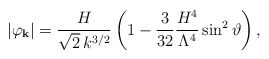
\begin{align*}\vert \varphi_{\bf k} \vert = \frac{H}{\sqrt{2} \,k^{3/2}} \left( 1 - \frac{3}{32} \frac{H^4}{\Lambda^4} \sin^2\vartheta \right) ,\end{align*}